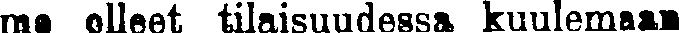
me olleet tilaisuudessa kuulemaan